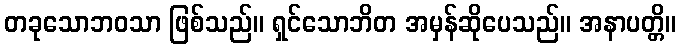
တခုသောဘဝသာ ဖြစ်သည်။ ရှင်သောဘိတ အမှန်ဆိုပေသည်။ အနာပတ္တိ။